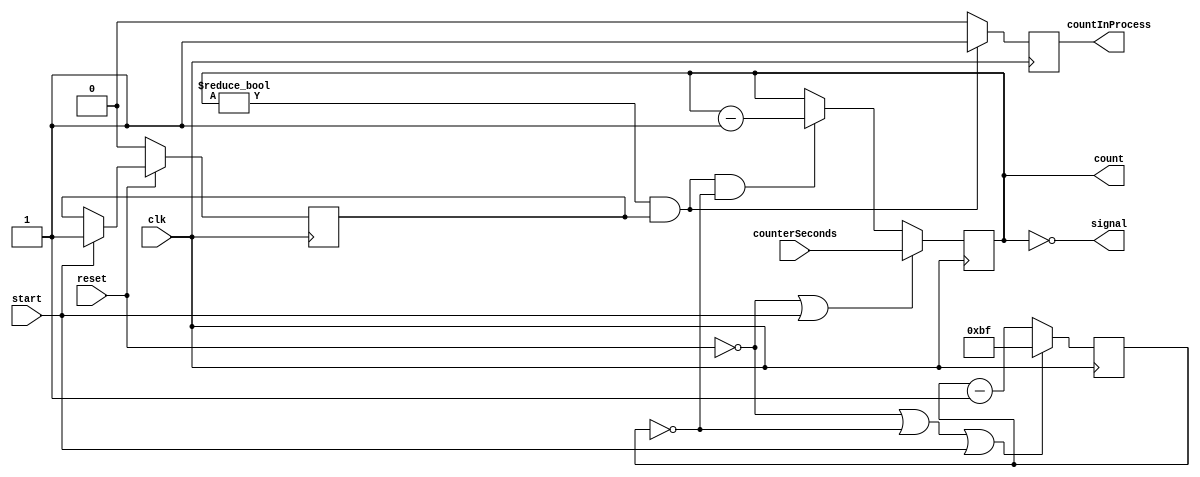
module counter (clk, reset, counterSeconds, start, signal, countInProcess, count);
	input clk, reset, start;
	input [9:0] counterSeconds;
	output wire signal;
	output reg [9:0] count;
	output reg countInProcess;

	reg go;
	reg [7:0] increment;
	always@(posedge clk) begin
		if(!reset || increment == 0 || start) begin
			increment <= 8'b10111111;

			// increment <= 8'b00000010;

		end else begin
			increment <= increment - 8'b1;
		end
	end

	always @(posedge clk) begin
		if (!reset || start) begin
			count <= counterSeconds;
		end else if (count != 10'b0 && go && increment == 0) begin
			count <= count - 10'b1;
		end
	end
	
	always @(posedge clk) begin
		if (count != 10'b0 && go) begin
			countInProcess = 1;
		end else begin
			countInProcess = 0;
		end 
	end
	
	always @(posedge clk) begin
		if (!reset) begin
			go <= 1'b0;
		end else if (start) begin
			go <= 1'b1;
		end
	end
	assign signal = count == 10'b0;

endmodule